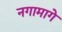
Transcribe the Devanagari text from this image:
नगामागे